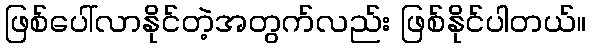
ဖြစ်ပေါ်လာနိုင်တဲ့အတွက်လည်း ဖြစ်နိုင်ပါတယ်။